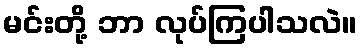
မင်းတို့ ဘာ လုပ်ကြပါသလဲ။